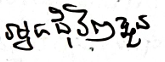
អ្នកជុំវិញខ្លួន